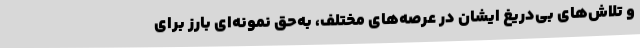
و تلاش‌های بی‌دریغ ایشان در عرصه‌های مختلف، به‌حق نمونه‌ای بارز برای